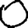
Digit: 0